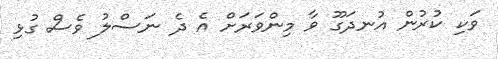
ވަކި ކުރުން އުނދަގޫ ވާ މިންވަރަށް އެ ދެ ނަސްލު ވެސް ގުޅި